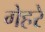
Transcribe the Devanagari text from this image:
गेहरे